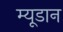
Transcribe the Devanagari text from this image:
म्यूडान